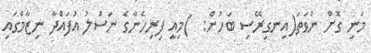
މަނި ގޮށް ނުވަތަ(އިނގިރޭސި ބަހުން:  )މިއީ ފިރިހެނާގެ ނަސްލު އުފައްދާ ނިޒާމްގައި